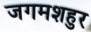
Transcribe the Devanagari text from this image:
जगमशहुर